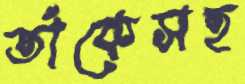
তাঁকেসহ